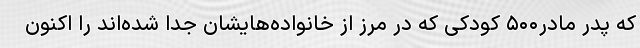
که پدر مادر۵۰۰ کودکی که در مرز از خانواده‌هایشان جدا شده‌اند را اکنون